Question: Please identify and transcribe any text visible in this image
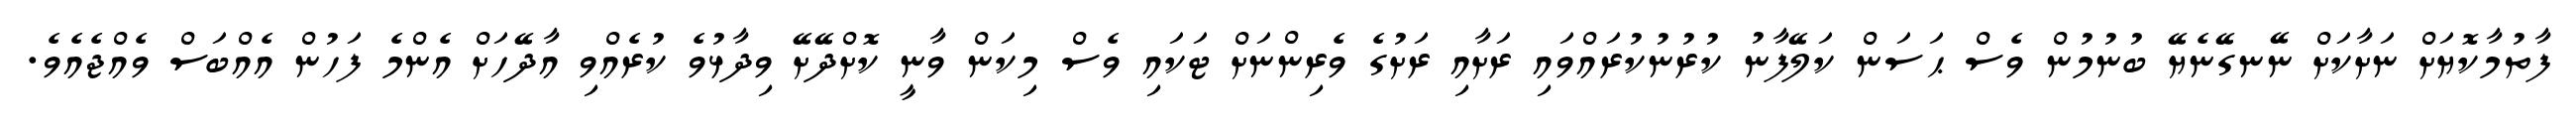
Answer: ފާތުމާކޮޔަށް ނަށާކަށް ނޭނގޭނެޔޭ ބުނުމުން ވެސް ޙަސަން ކަލޭފާނު ކުރުނުކުރައްވައި ރަށާއި ރަށުގެ ވެރިންނަށް ޓަކައި ވެސް މިކަން ވާނީ ކޮށްދޭށޭ ވިދާޅުވެ ކުރެއްވި އާދޭހަށް އެންމެ ފަހުން އެއްބަސް ވެއްޖެއެވެ.